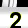
Digit: 2